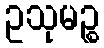
ဥသုမဉ္စ